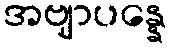
အဗျာပန္နေ